Vital statistics of India. Vol. V, Reports of 1876 on armies & jails and on epidemic cholera
Year: 1876
Disease focus: Cholera
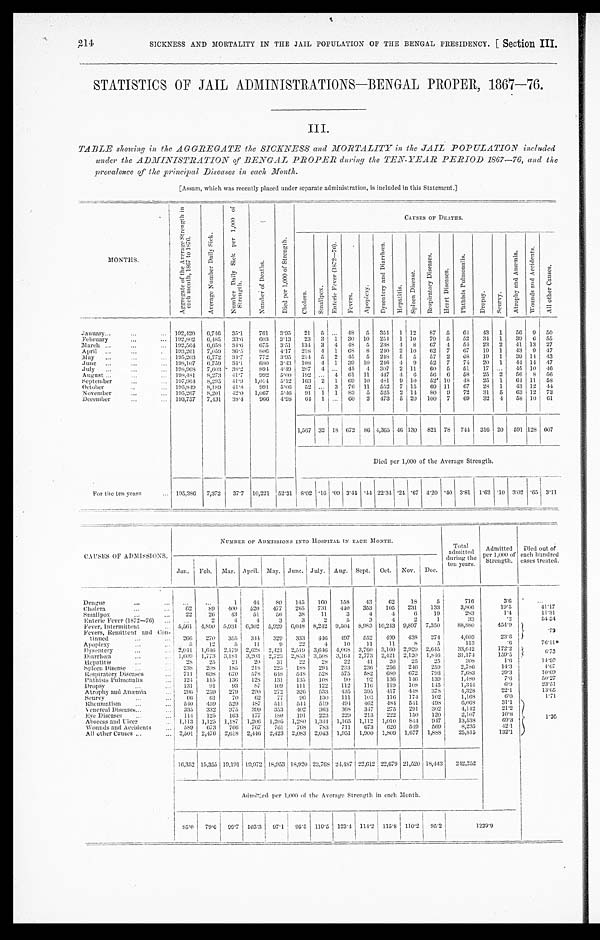
SICKNESS AND MORTALITY IN THE JAIL POPULATION OF THE BENGAL PRESIDENCY. [ Section III.
214
STATISTICS OF JAIL ADMINISTRATIONS-BENGAL PROPER, 1867—76.
III.
TABLE showing in the AGGREGATE the SICKNESS and MORTALITY in the JAIL POPULATION included
under the ADMINISTRATION of BENGAL PROPER during the TEN-YEAR PERIOD 1867—76, and the
prevalence of the principal Diseases in each Month.
[Assam, which was recently placed under separate administration, is included in this Statement.]
MONTHS .
A g g r e g a t e o f t h e A v e r a g e S t r e n g t h i n e a c h m o n t h , 1 8 6 7 t o 1 8 7 6 .
A v e r a g e N u m b e r D a i l y S i c k .
N u m b e r D a i l y S i c k p e r 1 , 0 0 0 o f S t r e n g t h .
N u m b e r o f D e a t h s .
D i e d p e r 1 , 0 0 0 o f S t r e n g t h .
C A U S E S O F D E A T H S .
C h o l e r a .
S m a l l p o x .
E n t e r i c F e v e r ( 1 8 7 2 — 7 6 ) .
F e v e r s .
A p o p l e x y .
D y s e n t e r y a n d D i a r r h œ a .
H e p a t i t i s .
S p l e e n D i s e a s e .
R e s p i r a t o r y D i s e a s e s .
H e a r t D i s e a s e s .
P h t h i s i s P u l m o n a l i s .
D r o p s y .
S c u r v y .
A t r o p h y a n d A n æ m i a .
W o u n d s a n d A c c i d e n t s .
A l l o t h e r C a u s e s .
January
. . .
. . .
... 192,420
6,746 35.1
761
3.95
21 5 ... 48
5 354 1 12
87 5
6 4
43 1
56
9 50
February
...
... 192,802
6,485 33.6 603 3.13
23 3 1 30 10 254 1 10
7 9 5
52
34 1
39
6 55
March ...
...
. . . 192,564
6,658 34.6
675
3.51 134 3 4 48
5 238 4 8
67 4
54
23 2
41 13 27
April ...
...
.
193,261
7,059 36.5
806 4.17 218 4 1 68
8 240 2 10
6 2 7
6 7
19 1
43 9 47
May ...
. . .
. . . 195,203
6,772 34.7
772
3.95 214 5 2 45
5 248 5 5
57 2
6 8
1 9 1
39 14 43
June ...
. . .
... 198,107
6,759 34.1
680 3.43 108
4 1
39 10
2 4 6
4 9
52 7
74
20 1
44 14 47
July ...
...
. . . 198,968
7,603
3 8 . 2
8 9 4
4.49
2 8 7
4 ... 45
4 307 2 11
60 5
51
17 ...
45 10 46
August . . .
. . .
. . . 198,481
8,273 41.7
992 5.00
1 9 2 ... 4 61 11 447 4 6
56
6
58
25 2
56 8 56
September
...
. . .
1 9 7 , 9 6 4
8,295 41.9 1,014
5.12 163 2 1
69
1 0
4 8 1
9 10
52 10
4 8
25 1
64 11
5 8
October
..
. . .
1 9 5 , 8 4 9
8,189 41.8
991
5.06
52 ... 3 76 11
5 5 2 7 15
69 11
67
28 1
43 12 44
November
...
...
1 9 5 , 2 6 7
8,201
42.0 1,067
5.46
91
1 1
83 5 525 2 14
80 9
72
31 5
6 3 12 73
December
. . .
... 193,757
7,431 38.4
9 6 6
4.98
6 4 1 ... 60
2 473 5 20 100 7
69
32 4
58 10
6 1
1,567 32 18 672
8 6 4,365 46 130 821 78 744 316 20 591 128
6 0 7
Died per 1,000 of the Average Strength.
For the ten years
...
1 9 5 , 3 8 6 7,372 37.7 10,221 52.31 8.02 .16 .09 3.44 .44 22.34 .24 .67 4.20 .40 3.81 1.62 .10 3.02 .65 3.11
C A U S E S O F A D M I S S I O N S .
N U M B E R O F A D M I S S I O N S I N T O H O S P I T A L I N E A C H M O N T H .
T o t a l a d m i t t e d d u r i n g t h e t e n y e a r s .
A d m i t t e d p e r 1 , 0 0 0 o f S t r e n g t h .
D i e d o u t o f e a c h h u n d r e d c a s e s t r e a t e d .
J a n .
F e b .
M a r .
A p r i l . May. June. July. Aug. Sept. Oct. Nov. Dec.
Dengue
. . .
. . .
. . .
...
1
44
8 0 145
1 6 0 158
43
62
18
5
716
3.6
. . .
Cholera
. . .
. . .
62
89
400
520
477
265
731
440
353
105
231
133
3,806
19.5
41.17
Smallpox
. . .
. . .
22
26
43
51
56
3 8
11
3
4
4
6
1 9
283
1.4
11.31
Enteric Fever (1872—76)
. . .
. . .
2
4
4
3
3
2
5
3
4
2
1
3 3
.2
5 4 . 5 4
Fever, Intermittent
... 5,561 4,890 5,931 6,302 5,929 6,048
8 , 2 4 2 9,504 8,983 10,243 9,897 7,350
88,880
4 5 4 . 9
. 7 2
Fevers, Remittent and Con-
tinued . . .
. . .
2 6 6 270
355
344
329
333
446
497
552
499
438
274
4,603
2 3 . 6
Apoplexy
. . .
...
5
12
5
11
9
22
4
1 0
11
11
8
5
113
.6
7 6 . 1 1
Dysentery
. . .
. . .
2 , 0 4 1
1 , 6 4 6 2,179 2,628 2,421 2,519 3,646 4,068 3,760 3,160 2,929 2,645
33,642
172.2
6 . 7 3
Diarrhœa
. . .
. . .
1 , 6 0 9 1,773
3 , 1 8 1 3,203 2,723 2,853
3 , 5 0 8 3,164 2,773 2,421 2,120 1,846
31,174
159.5
Hepatitis
. . .
. . .
2 8
25
21
20
31
2 2
28
22
41
20
2 5
2 5
308
1 . 6
1 4 . 9 3
Spleen Disease
. . .
. . .
2 3 8 208
185
218
225
188
204 233
236
256 246
259
2,786
14.3
4.67
Respiratory Diseases
. . . 711
698
6 7 0
578
648
548
528
575
582
680
672
793
7,683
39.3
10.69
Phthisis Pulmonalis
...
124
115
136
128
131
135
1 0 8
9 0
9 2 136
146
139
1 , 4 8 0
7 . 6
50.27
Dropsy
...
. . . 131
9 1
93
87
1 0 9 111
122
112
116
119
1 0 8 145
1,344
6.9
23.51
Atrophy and Anæmia
. . . 296
2 5 9
279
2 9 0
272
326
533
435
395
417
4 4 8 378
4,328
22.1
1 3 . 6 5
Scurvy
. . .
...
6 6
6 1
7 0
6 2
77
96
130
111
1 0 3 116
174
102
1,168
6 . 0
1.71
Rheumatism
...
...
540
459
5 2 9
4 8 7
511
5 4 4
5 1 9
4 9 4 462
4 8 4 541
498
6 , 0 6 8
3 1 . 1
1 . 3 6
Veneral Diseases . . .
. . . 335
332
375
3 9 9
353
402
363
368
347
275
291
302
4,142
21.2
Eye Diseases
. . .
. . .
114
125
163
177
180
191
223
229
213
222
150
120
2,107
10.8
Abscess and Ulcer
... 1,113 1,125 1,187 1,206 1,205 1,280 1,344 1,165 1,112 1,010
844
947
13,538
69.3
Wounds and Accidents
...
5 8 9 673
766
767
761
768
783
711
673
626
549
569
8,235
4 2 . 1
All other Causes
. . .
. . . 2,501 2,476 2,618 2,446 2,423 2,083 2,043 1,951 1,900 1,809 1,677 1,888
25,815
132.1
16,352 15,355
1 9 , 1 9 1
1 9 , 9 7 2
1 8 , 9 5 3
18,920 23,768
2 4 , 4 8 7
2 2 , 6 1 2
2 2 , 6 7 9
21,520 18,443
242,252
Admitted per 1,000 of the Average Strength in each Month.
85.0
79.6 99.7 103.3 97.1 95.5 119.5
1 2 3 . 4
1 1 4 . 2
1 1 5 . 8
1 1 0 . 2
9 5 . 2
1239.9